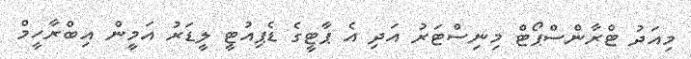
މިއަދު ޓްރާންސްޕޯޓް މިނިސްޓަރު އަދި އެ ޕާޓީގެ ޑެޕިއުޓީ ލީޑަރު އަމީން އިބްރާހީމް